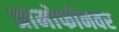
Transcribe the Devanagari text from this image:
ग्रामोफोनवर